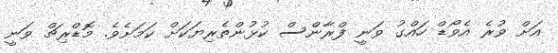
އަށް ވުރެ އެވޯޑް ހައްގު ވަނީ ފްރާންސް ކުޅުންތެރިޔަކަށް ކަމަށެވެ. މޮޑްރިޗް ވަނީ